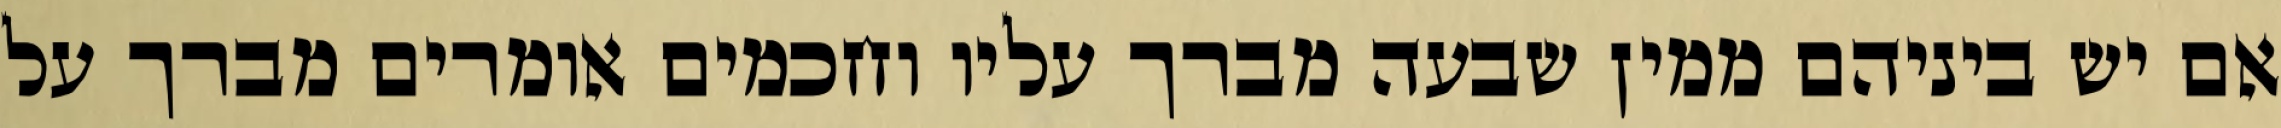
אם יש ביניהם ממין שבעה מברך עליו וחכמים אומרים מברך על